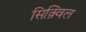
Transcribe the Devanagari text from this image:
सिक़्विल